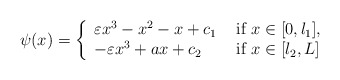
\begin{align*}\psi(x) =\left\{\begin{array}{ll}\varepsilon x^3-x^2-x+c_1&\textrm{ if } x\in [0,l_1],\\-\varepsilon x^3 +ax +c_2&\textrm{ if } x\in [l_2,L]\end{array} \right.\end{align*}